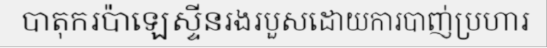
បាតុករប៉ាឡេស្ទីនរងរបួសដោយការបាញ់ប្រហារ